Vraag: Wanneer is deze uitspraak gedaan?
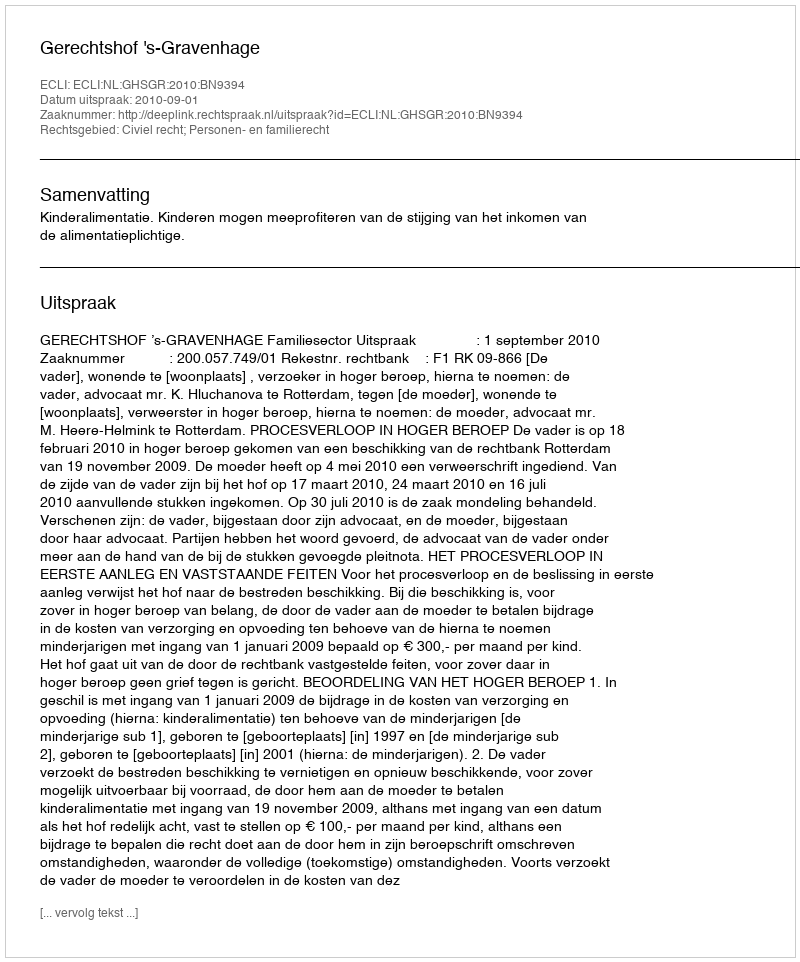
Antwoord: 2010-09-01